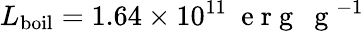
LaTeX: L_{\mathrm{boil}}=1.64\times 10^{11}~\mathrm{~e~r~g~~~g~}^{-1}